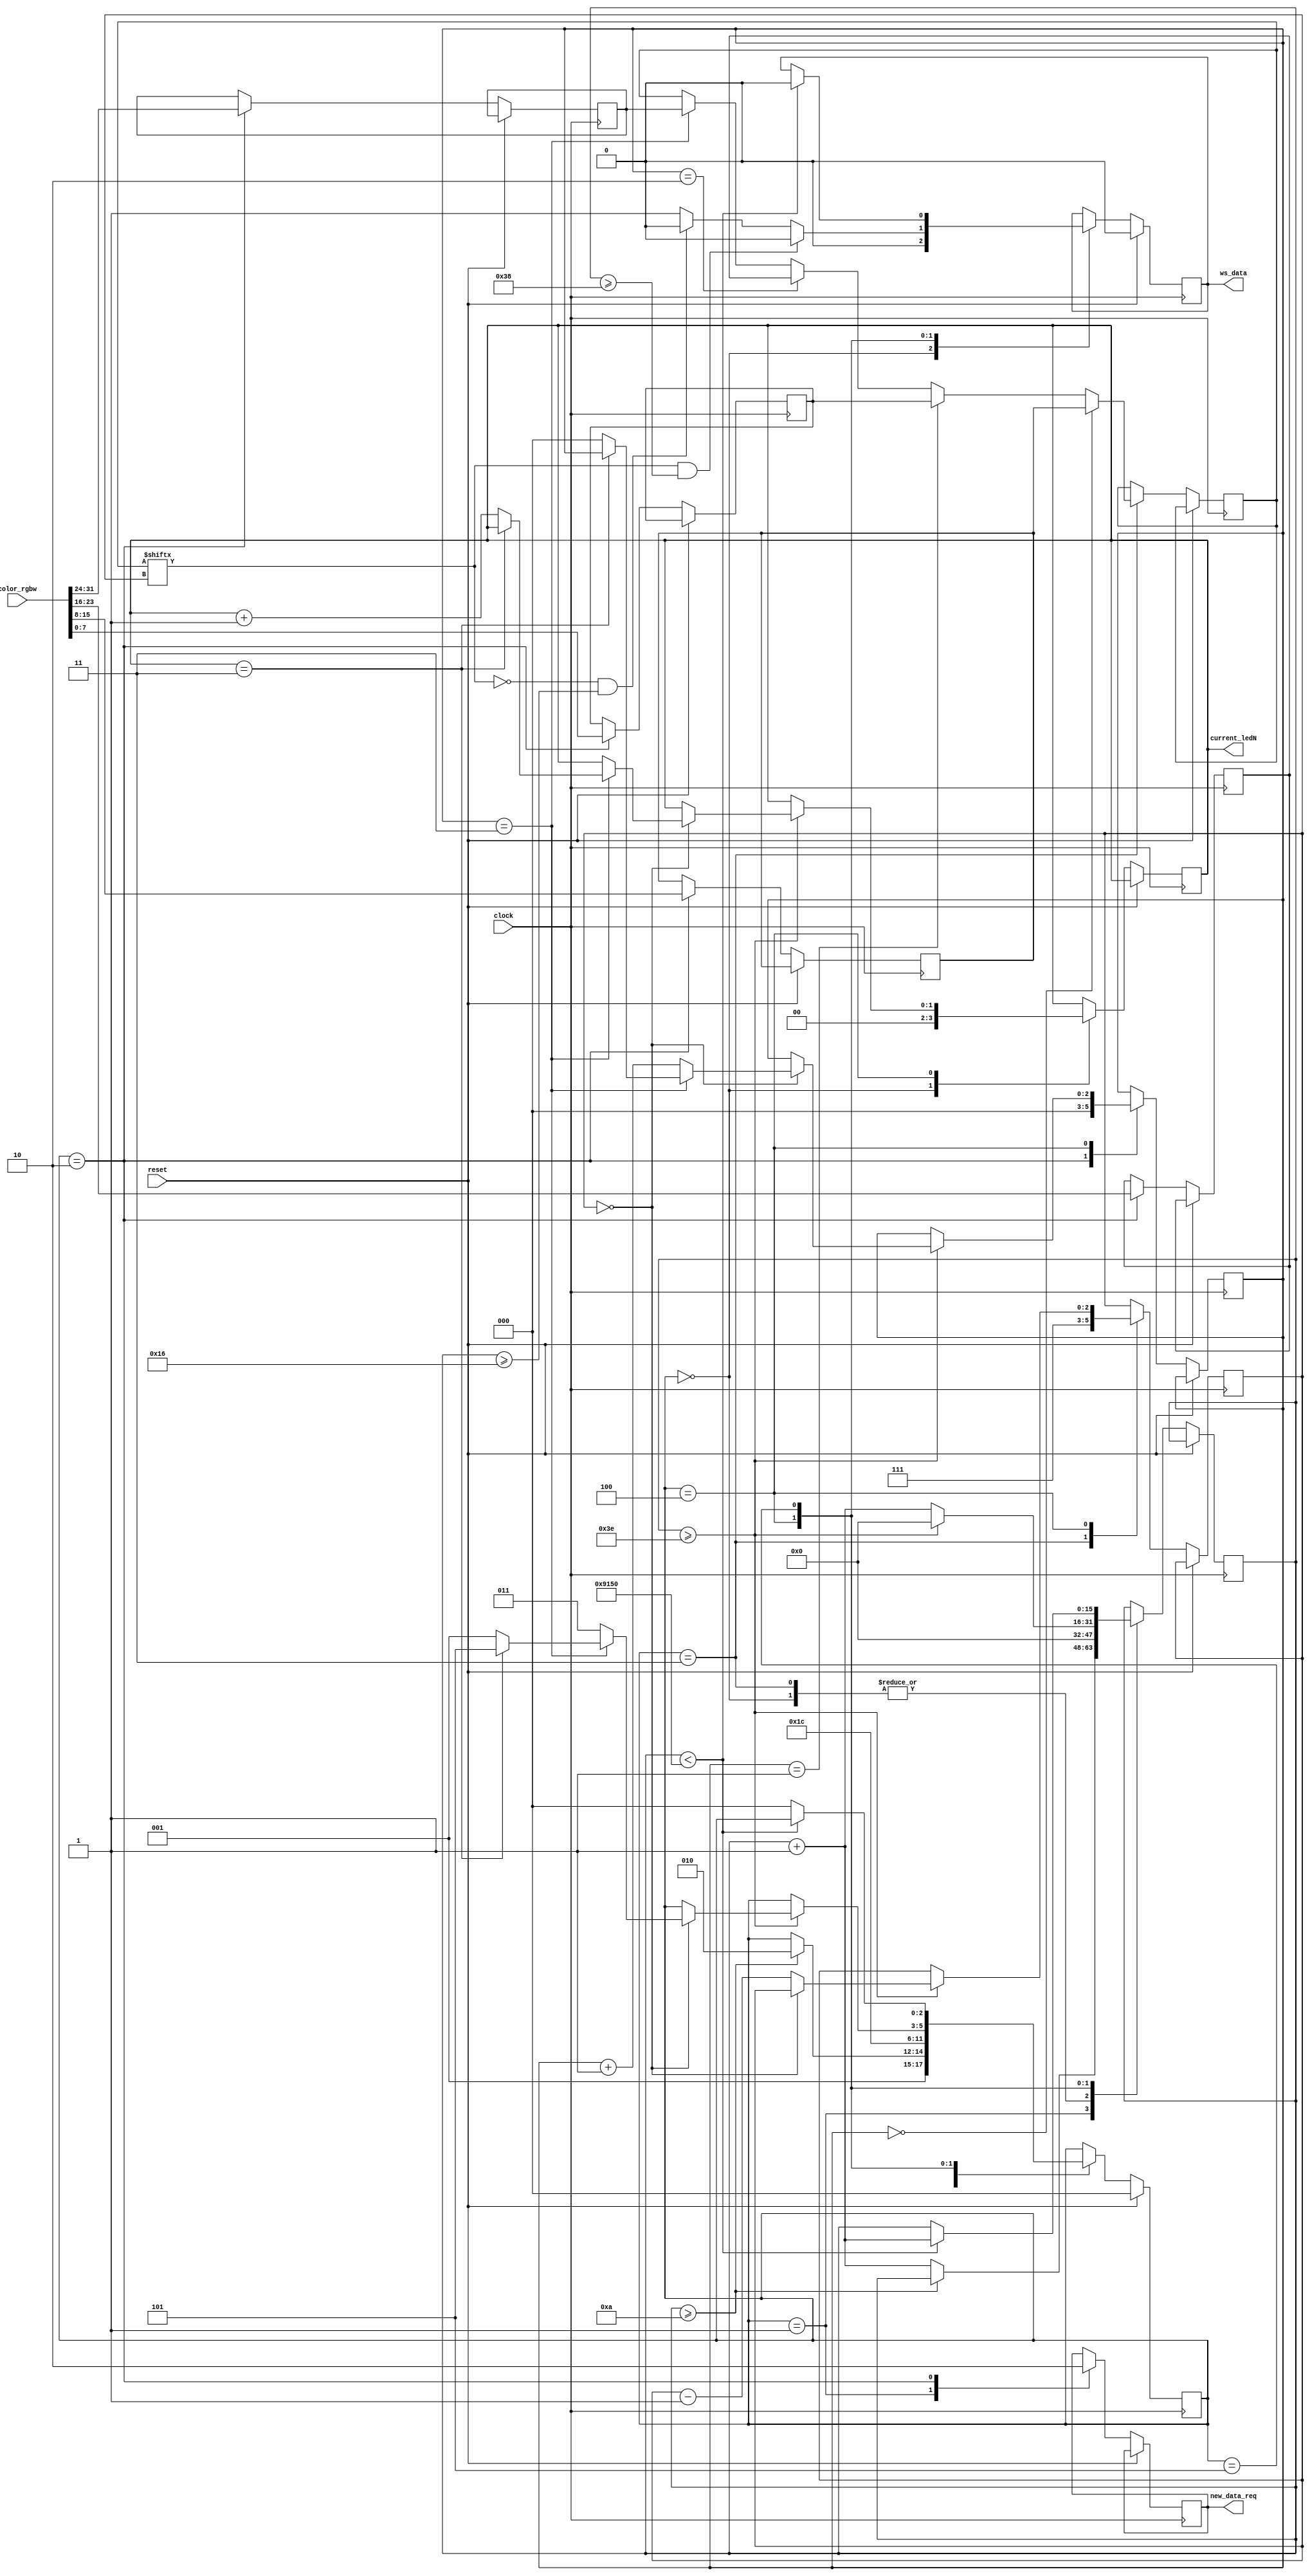
module SK6812RGBW
#(
	parameter LEDS_NUM = 3, // Сколько светодиодов
	parameter PREPARE_LATCH_DELAY = 10, // сколько тактов ожидать новые данные
	parameter CLOCK_FRQ = 50_000_000  // Частота тактового сигнала
)
(
	input wire clock,
	input wire reset,
	input wire [31:0] color_rgbw, // Используется все биты, по байтам на каждый цвет (младший - R, старший - W)
	output reg new_data_req,
	output reg [LED_ADDR_WIDTH-1:0] current_ledN,
	output reg ws_data
);

localparam integer CLOCK_CYCLE_COUNT 	= CLOCK_FRQ / 800_000;
localparam integer T0H_CYCLE_COUNT     = 0.35 * CLOCK_CYCLE_COUNT;
localparam integer T1H_CYCLE_COUNT     = 0.9 * CLOCK_CYCLE_COUNT;
localparam integer RESET_CYCLE_COUNT   = 600 * CLOCK_CYCLE_COUNT; // с запасом
localparam integer LED_ADDR_WIDTH 		= $clog2(LEDS_NUM);
localparam integer CLK_COUNTER_WIDTH 	= $clog2(RESET_CYCLE_COUNT);

localparam STATE_RESET    = 3'd0;
localparam STATE_PREPARE_LATCH = 3'd1;
localparam STATE_LATCH    = 3'd2;
localparam STATE_PREPARE_TRANSMIT = 3'd3;
localparam STATE_TRANSMIT = 3'd4;
localparam STATE_SEND_RESET   = 3'd5;

reg [CLK_COUNTER_WIDTH-1:0] clk_counter;
reg [2:0] current_state = STATE_RESET;
reg [2:0] current_color;
reg [2:0] current_bit;

reg [7:0] led_red;
reg [7:0] led_green;
reg [7:0] led_blue;
reg [7:0] led_white;
reg [7:0] led_current_color;

always @ (posedge clock)
begin
	if (reset) 
	begin
		ws_data <= 0;
		current_state <= STATE_RESET;
	end
	else 
	begin
		case (current_state)	
		STATE_RESET:
		begin
			ws_data <= 0;
			clk_counter <= 0;
			current_ledN <= 0;
			current_state <= STATE_PREPARE_LATCH;
		end
		
		STATE_PREPARE_LATCH:
		begin
			new_data_req <= 1;
			if(clk_counter >= PREPARE_LATCH_DELAY)
				current_state <= STATE_LATCH;
			else
				clk_counter <= clk_counter + 1'b1;
		end
		
		STATE_LATCH:
		begin
			new_data_req <= 0;
			led_red <= color_rgbw[7:0];
			led_green <= color_rgbw[15:8];
			led_blue <= color_rgbw[23:16];
			led_white <= color_rgbw[31:24];
			
			current_color <= 0; // зеленый
			current_state <= STATE_PREPARE_TRANSMIT;
		end
		
		STATE_PREPARE_TRANSMIT:
		begin
			clk_counter <= 0;
			current_bit <= 3'd7;
			
			if(current_color == 2'd0) // зеленый
				led_current_color <= led_green;
			else if(current_color == 2'd1) // красный
				led_current_color <= led_red;
			else if(current_color == 2'd2) // синий
				led_current_color <= led_blue;
			else if(current_color == 2'd3) // белый
				led_current_color <= led_white;
			
			current_state <= STATE_TRANSMIT;
		end
		
		STATE_TRANSMIT:		
		begin		
			if(led_current_color[current_bit] == 1'b1 && clk_counter >= T1H_CYCLE_COUNT)
				ws_data <= 0;
			else if(led_current_color[current_bit] == 1'b0 && clk_counter >= T0H_CYCLE_COUNT)
				ws_data <= 0;	
			else
				ws_data <= 1;
				
			if(clk_counter >= CLOCK_CYCLE_COUNT)
			begin
				clk_counter <= 0;

				if(current_bit == 3'd0)
				begin
					if(current_color == 2'd3)
					begin
						if(current_ledN == LEDS_NUM)
							current_state <= STATE_SEND_RESET;
						else
						begin // следующий светодиод
							current_ledN <= current_ledN + 1'd1;
							current_color <= 0; // зеленый
							clk_counter <= 0;
							current_state <= STATE_PREPARE_LATCH;
						end
					end
					else
					begin
						current_color <= current_color + 1'b1;
						current_state <= STATE_PREPARE_TRANSMIT;
					end
				end
				else
					current_bit <= current_bit - 1'b1;
			end
			else
				clk_counter <= clk_counter + 1'b1;
		end

		STATE_SEND_RESET:
		begin
			
		
			if(clk_counter < RESET_CYCLE_COUNT)
			begin
				clk_counter <= clk_counter + 1'b1;
				ws_data <= 0;
			end
			else
				current_state <= STATE_RESET;
		end
		endcase // current_state
	end
end

endmodule